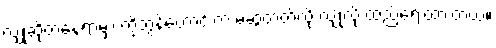
လျှိုဆိုတဲ့နေရာမှာ ကိုဘွန်ဟောင်းက မဆွဲတတ်လို့ လျှိုလို့ ထည့်ရေးထားတယ်။